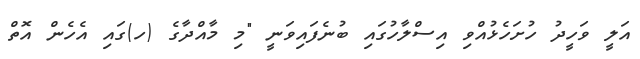
އަލީ ވަހީދު ހުށަހެޅުއްވި އިސްލާހުގައި ބުނެފައިވަނީ "މި މާއްދާގެ (ހ)ގައި އެހެން އޮތް